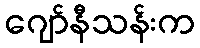
ဂျော်နီသန်းက